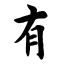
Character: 有